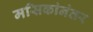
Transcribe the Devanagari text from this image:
मसिकांनंतर